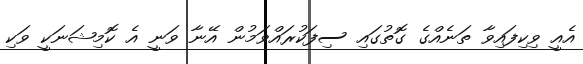
އެއީ ވިކިފައިވާ ތަނެއްގެ ގޮތުގައި ސިފަކުރައްވަމުން އޭނާ ވަނީ އެ ކޮމިޝަނަކީ ވަކި